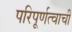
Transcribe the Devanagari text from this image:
परिपूर्णत्वाची